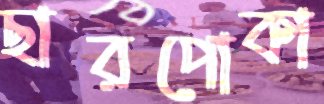
ছারপোকা